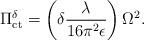
LaTeX: \begin{align*}\Pi_{\mathrm{ct}}^{\delta}=\left(\delta\frac{\lambda}{16\pi^2 \epsilon}\right)\Omega^2.\end{align*}